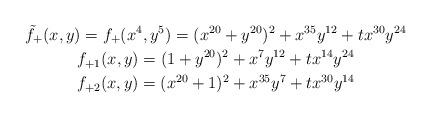
LaTeX: \begin{gather*}\tilde{f}_+(x,y)=f_+(x^4,y^5)=(x^{20}+ y^{20})^2+x^{35}y^{12}+tx^{30}y^{24}\\f_{+1}(x,y)=(1+y^{20})^2+x^7y^{12}+tx^{14}y^{24}\\f_{+2}(x,y)=(x^{20}+1)^2+x^{35}y^{7}+tx^{30}y^{14}\end{gather*}